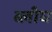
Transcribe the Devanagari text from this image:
ब्लीघ